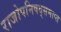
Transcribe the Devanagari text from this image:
राजोपनिषद्समाप्त